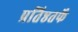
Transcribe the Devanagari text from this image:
प्रतिष्ठतर्फे